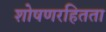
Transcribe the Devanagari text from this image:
शोषणरहितता